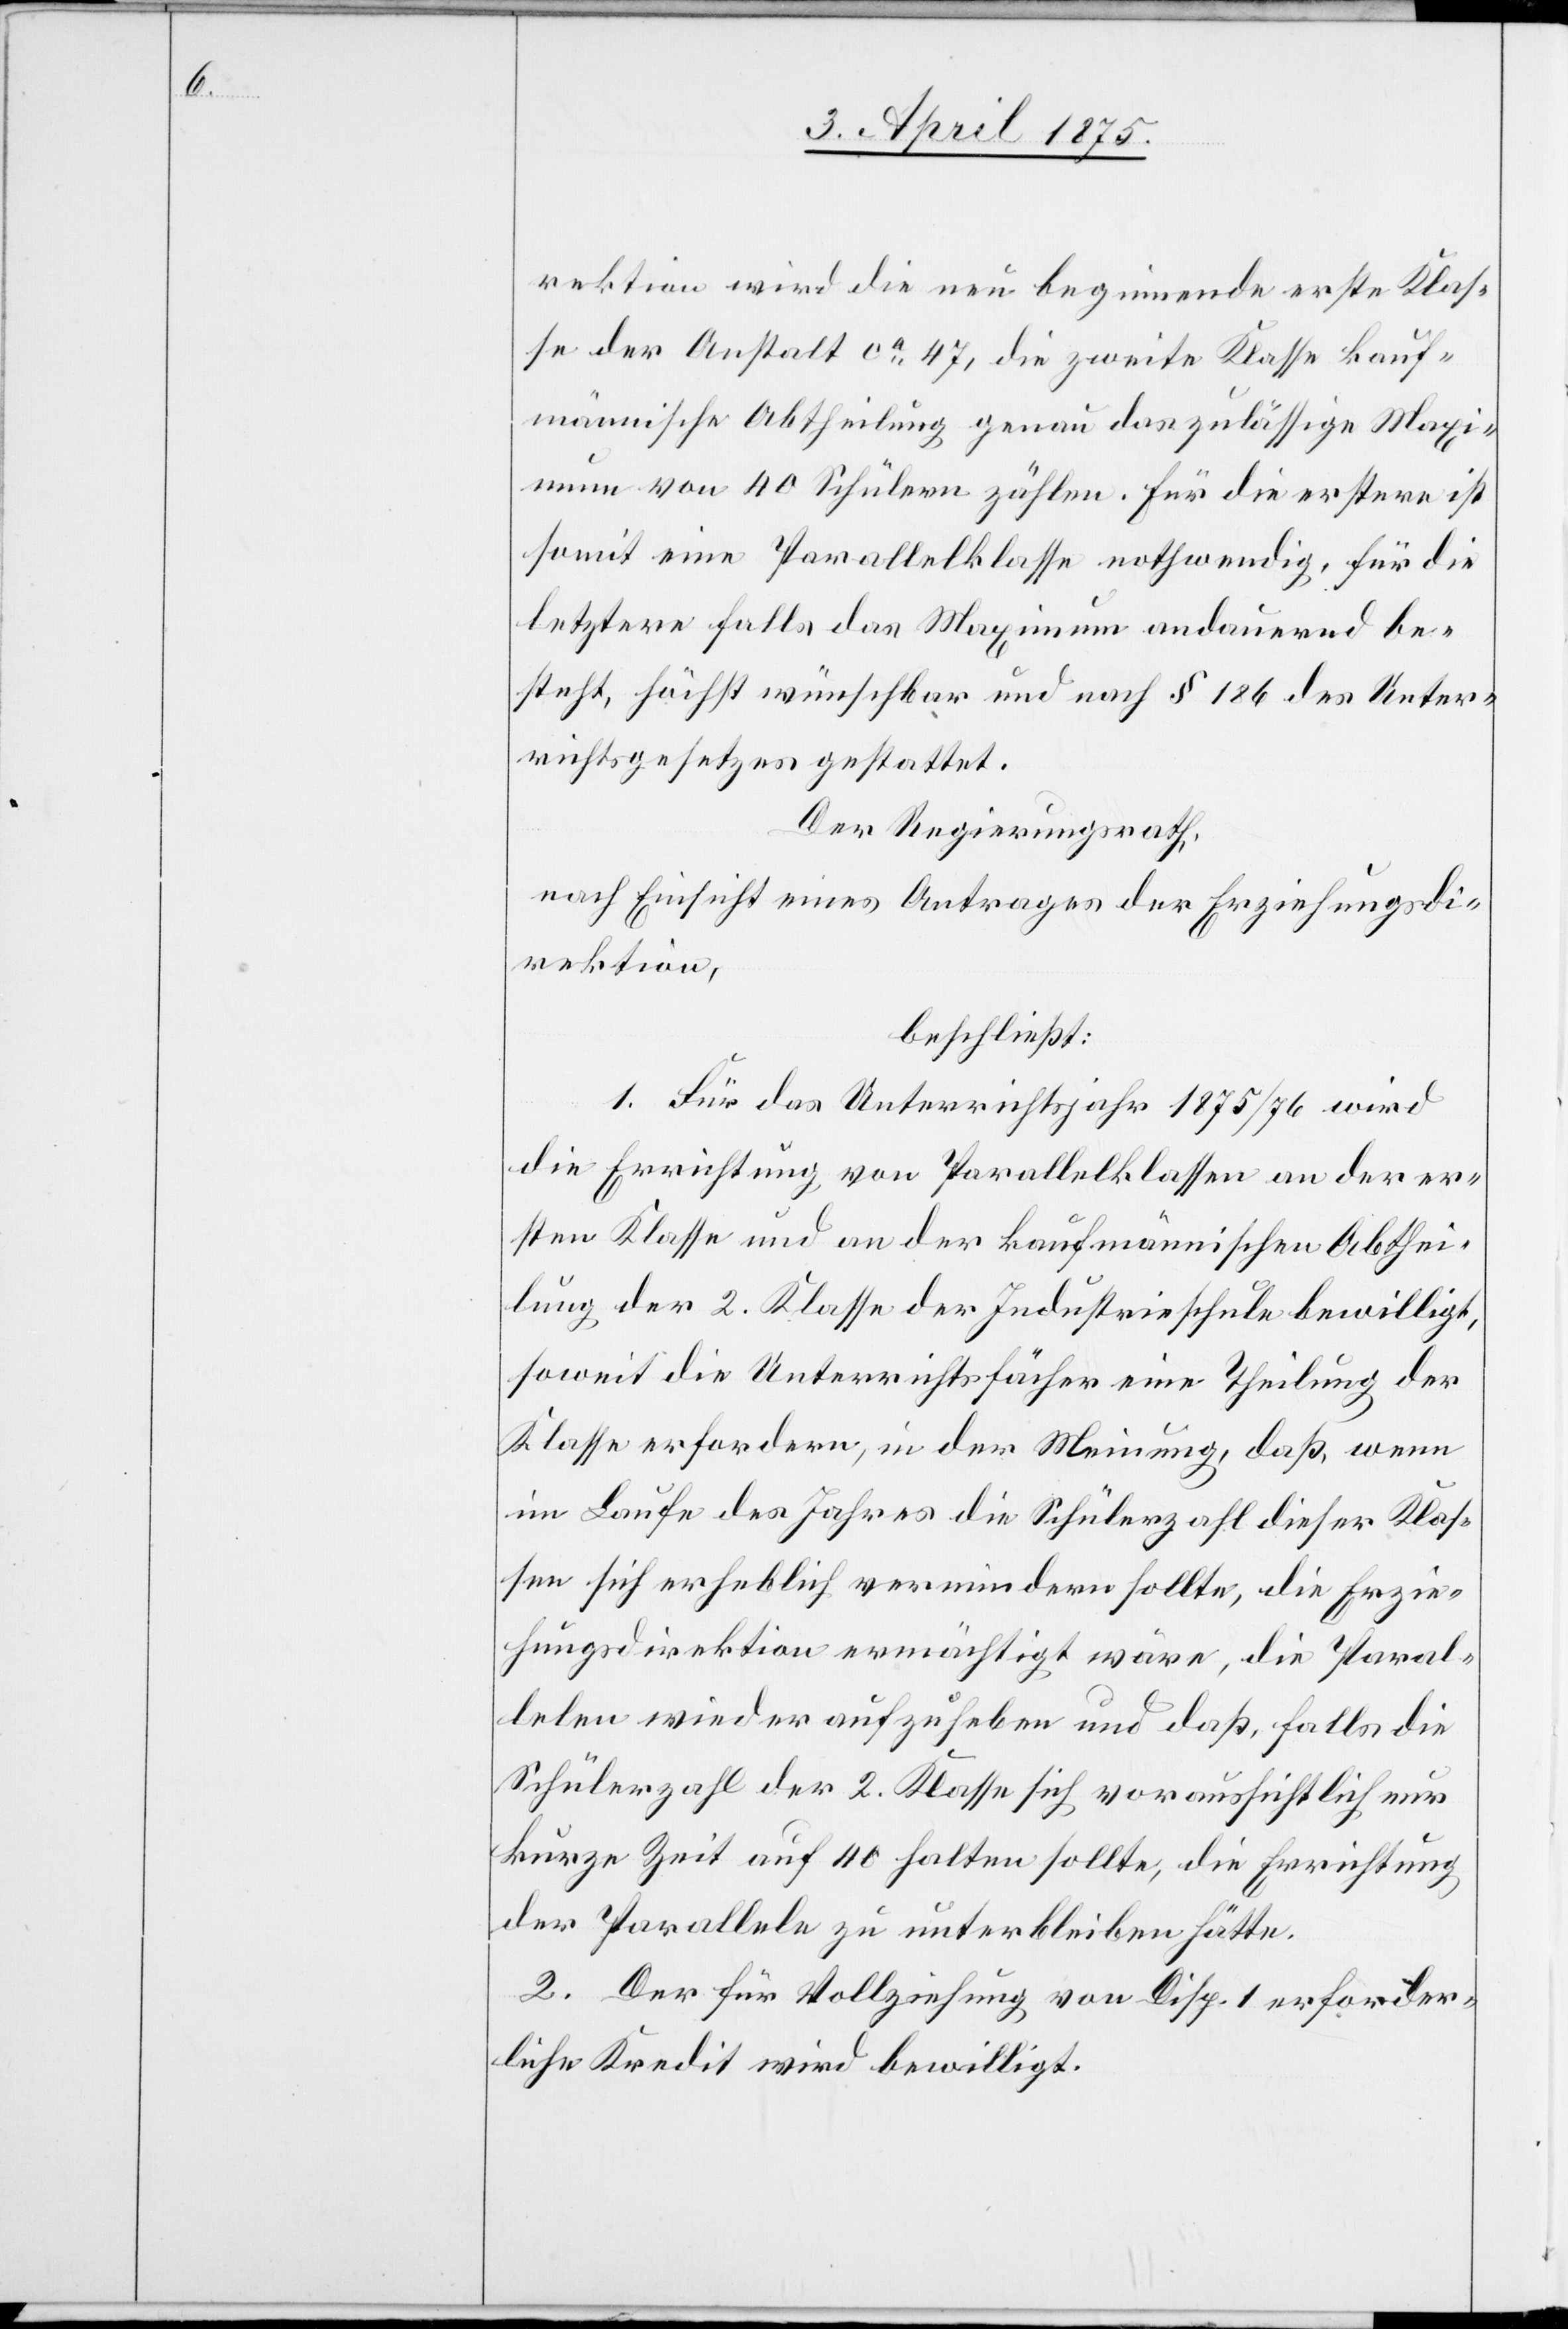
rektion wird die neu beginnende erste Klas¬
se der Anstalt ca 47, die zweite Klasse kauf¬
männische Abtheilung genau das zulässige Maxi¬
mum von 40 Schülern zählen. Für die erstere ist
somit eine Parallelklasse nothwendig, für die
letztere falls das Maximum andauernd be¬
steht, höchst wünschbar und nach § 186 des Unter¬
richtsgesetzes gestattet.
Der Regierungsrath,
nach Einsicht eines Antrages der Erziehungsdi¬
rektion,
beschließt:
1. Für das Unterrichtsjahr 1875/76 wird
die Errichtung von Parallelklassen an der er¬
sten Klasse und an der kaufmännischen Abthei¬
lung der 2. Klasse der Industrieschule bewilligt,
soweit die Unterrichtfächer eine Theilung der
Klasse erfordern, in der Meinung, daß wenn
im Laufe des Jahres die Schülerzahl dieser Klas¬
sen sich erheblich vermindern sollte, die Erzie¬
hungsdirektion ermächtigt wäre, die Paral¬
lelen wieder aufzuheben und daß, falls die
Schülerzahl der 2. Klasse sich voraussichtlich nur
kurze Zeit auf 40 halten sollte, die Errichtung
der Parallele zu unterbleiben hätte.
2. Der für Vollziehung von Disp. 1 erforder¬
liche Kredit wird bewilligt.